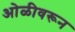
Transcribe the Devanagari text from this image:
ओळीवरून